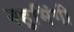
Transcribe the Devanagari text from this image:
बहुभिंगी